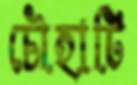
চৌহাটি